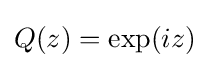
Q(z)=\exp(iz)